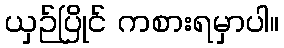
ယှဉ်ပြိုင် ကစားရမှာပါ။